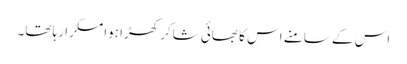
اس کے سامنے اس کا بھائی شاکر کھڑا ہوا مسکرا رہا تھا۔